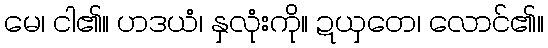
မေ၊ ငါ၏။ ဟဒယံ၊ နှလုံးကို။ ဍယှတေ၊ လောင်၏။